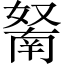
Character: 𱙬